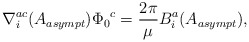
\begin{align*}\nabla^{ac}_i (A_{asympt}){\Phi_0}^c = \frac{2\pi}{\mu}B^a_i (A_{asympt}),\end{align*}